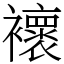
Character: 𧞷